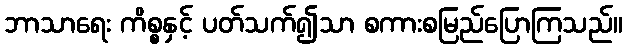
ဘာသာရေး ကိစ္စနှင့် ပတ်သက်၍သာ စကားစမြည်ပြောကြသည်။